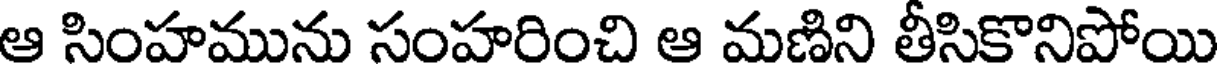
ఆ సింహమును సంహరించి ఆ మణిని తీసికొనిపోయి